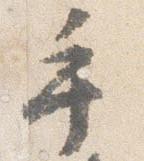
手